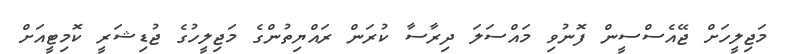
މަޖިލީހަށް ޖޭއެސްސީން ފޮނުވި މައްސަލަ ދިރާސާ ކުރަން ރައްޔިތުންގެ މަޖިލީހުގެ ޖުޑިޝަރީ ކޮމިޓީއަށް